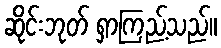
ဆိုင်းဘုတ် ရှာကြည့်သည်။